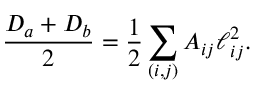
\frac { D _ { a } + D _ { b } } { 2 } = \frac 1 2 \sum _ { ( i , j ) } A _ { i j } \ell _ { i j } ^ { 2 } .